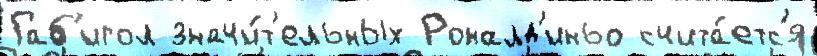
Габ'игол значи́т'ельных Роналд'иньо счита́етс'я